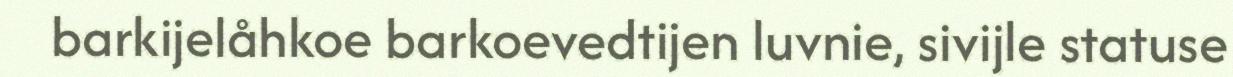
barkijelåhkoe barkoevedtijen luvnie, sivijle statuse